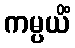
ကမ္ပယိံ